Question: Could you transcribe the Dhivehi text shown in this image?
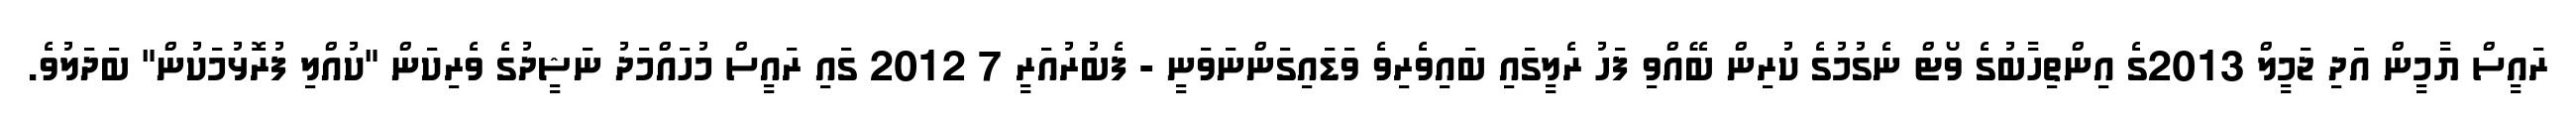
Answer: ރައީސް ޔާމީން އަދި ޖަމީލް 2013ގެ އިންތިހާބުގެ ވޯޓް ނެގުމުގެ ކުރިން ބޭއްވި ފަހު ރެލީގައި ބައިވެރިވެ ވަޑައިގަންނަވަނީ - ފެބުރުއަރީ 7 2012 ގައި ރައީސް މުހައްމަދު ނަޝީދުގެ ވެރިކަން "ކުއްލި ފުރޮޅުމަކުން" ބަދަލުވެ.